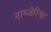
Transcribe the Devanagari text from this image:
नाय्जेरिया